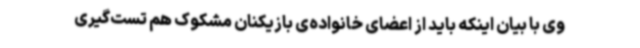
وی با بیان اینکه باید از اعضای خانواده‌ی بازیکنان مشکوک هم تست‌گیری